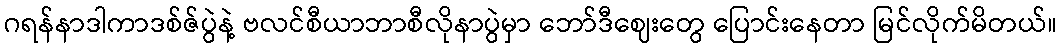
ဂရန်နာဒါကာဒစ်ဇ်ပွဲနဲ့ ဗလင်စီယာဘာစီလိုနာပွဲမှာ ဘော်ဒီဈေးတွေ ပြောင်းနေတာ မြင်လိုက်မိတယ်။